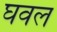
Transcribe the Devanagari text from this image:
घवल